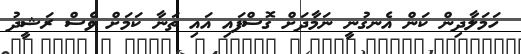
ހަމަލާދިން ކަން އެނގުނީ ނަމާދަށް ގޮސްފައި އައި ތަނާ ކަމަށް ވެސް ރަޝީދު